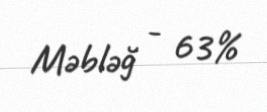
Məbləğ - 63%